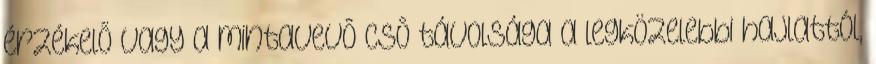
érzékelõ vagy a mintavevõ csõ távolsága a legközelebbi hajlattól,